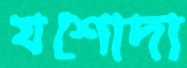
যশোদা